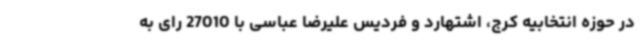
در حوزه انتخابیه کرج، اشتهارد و فردیس علیرضا عباسی با 27010 رای به